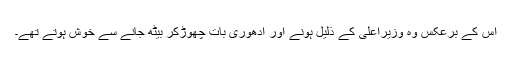
اس کے برعکس وہ وزیراعلیٰ کے ذلیل ہونے اور ادھوری بات چھوڑکر بیٹھ جانے سے خوش ہوتے تھے۔